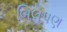
બિલપણ